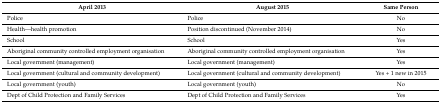
| April 2013 | August 2015 | Same Person |
 | --- | --- | --- |
 | Police | Police | No |
 | Health—health promotion | Position discontinued (November 2014) | No |
 | School | School | Yes |
 | Aboriginal community controlled employment organisation | Aboriginal community controlled employment organisation | Yes |
 | Local government (management) | Local government (management) | Yes |
 | Local government (cultural and community development) | Local government (cultural and community development) | Yes + 1 new in 2015 |
 | Local government (youth) | Local government (youth) | No |
 | Dept of Child Protection and Family Services | Dept of Child Protection and Family Services | Yes |